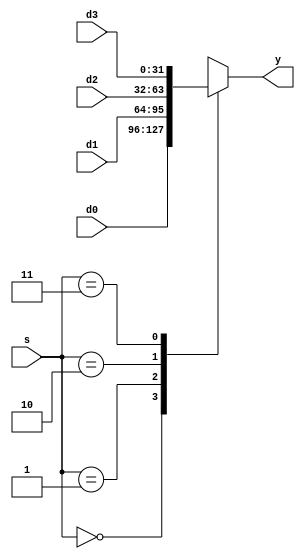
`timescale 1ns / 1ps
//////////////////////////////////////////////////////////////////////////////////
// Company: 
// Engineer: 
// 
// Design Name: 
// Module Name: mux3
// Project Name: 
// Target Devices: 
// Tool Versions: 
// Description: 
// 
// Dependencies: 
// 
// Revision:
// Revision 0.01 - File Created
// Additional Comments:
// 
//////////////////////////////////////////////////////////////////////////////////


module mux3 #(parameter WIDTH = 32) (
  input   [1:0]         s, 
  input   [WIDTH-1:0]  d0, 
  input   [WIDTH-1:0]  d1, 
  input   [WIDTH-1:0]  d2, 
  input   [WIDTH-1:0]  d3, 
  output reg [WIDTH-1:0]  y 
  );
 always@(*)
 begin
     case(s)
         2'b00:y = d0;
         2'b01:y = d1;
         2'b10:y = d2;
         2'b11:y = d3;
     endcase
 end
 endmodule